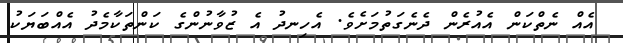
އެއް ނެތްކަން އެއުރެން ދެނެގަތުމަށެވެ. އެހިނދު އެ ޒުވާނުންގެ ކަންތަކާމެދު އެއްބަޔަކު